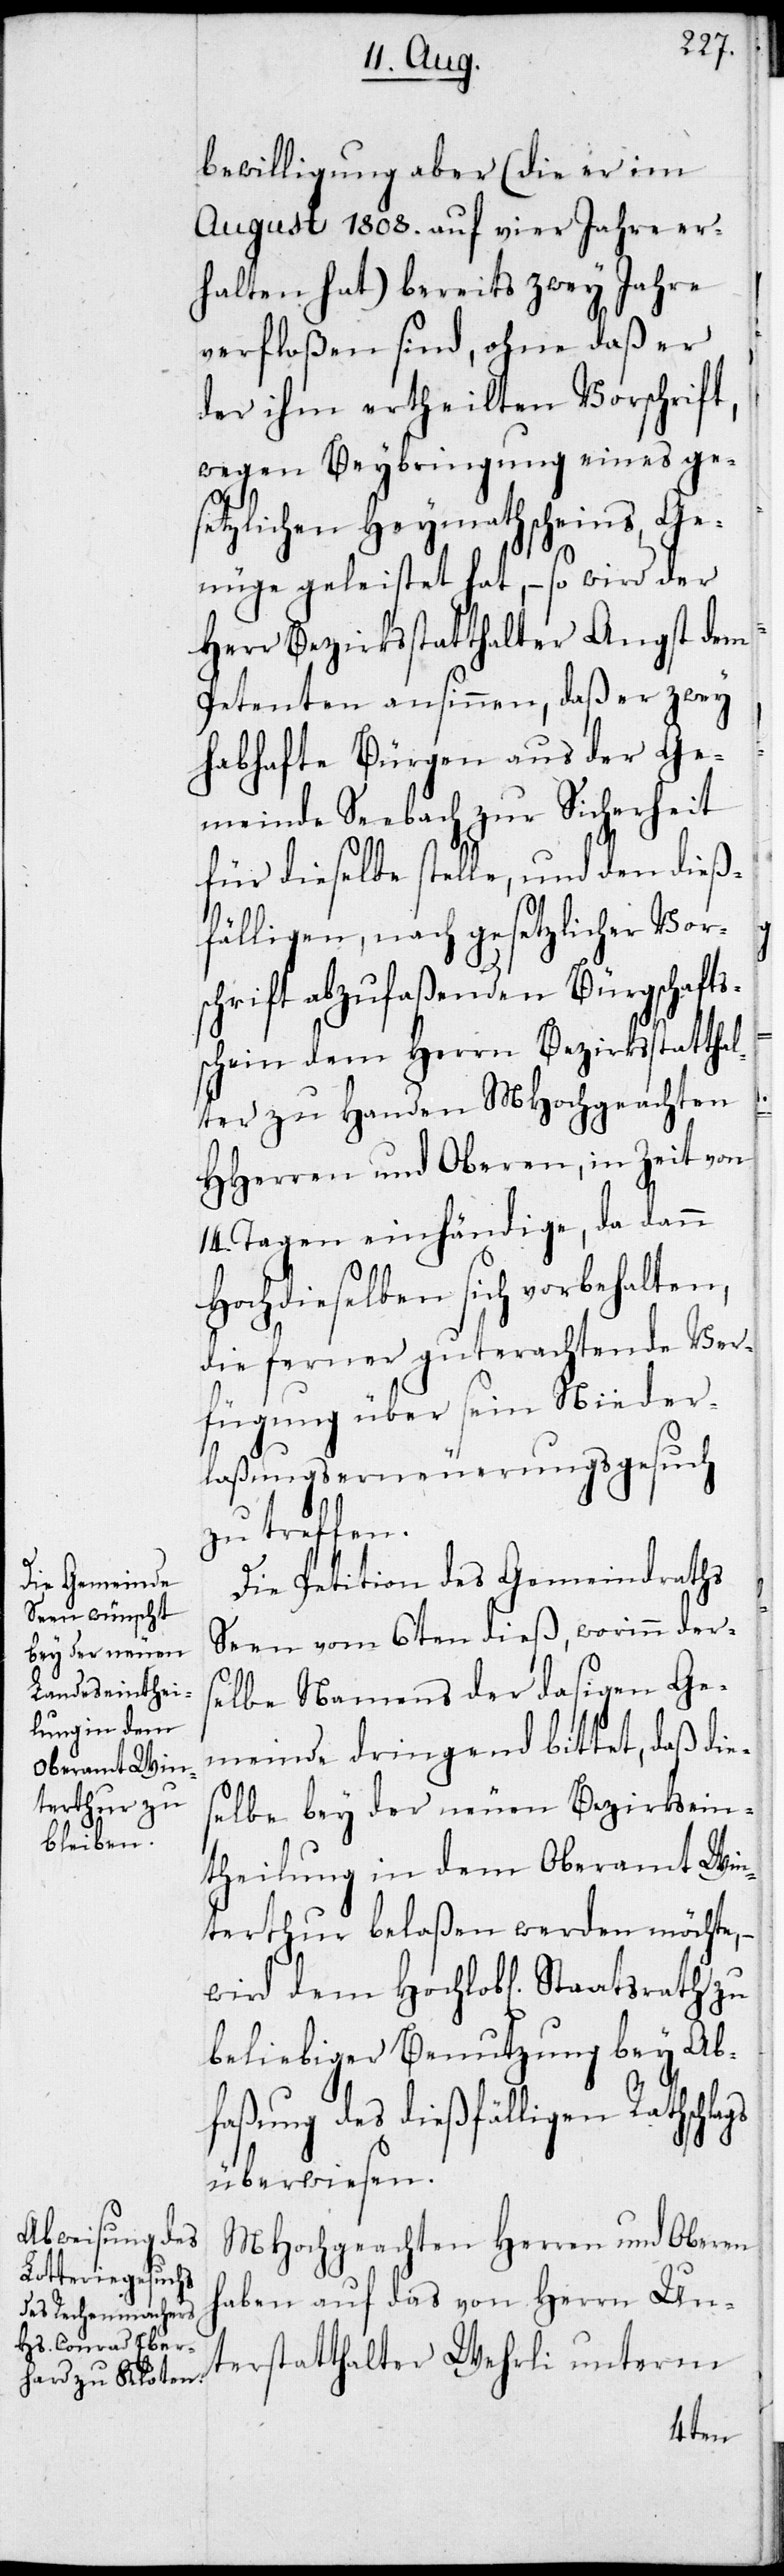
bewilligung aber (die er im
August 1808. auf vier Jahre er¬
halten hat) bereits zwey Jahre
verfloßen sind, ohne daß er
der ihm ertheilten Vorschrift,
wegen Beybringung eines ge¬
setzlichen Heymathscheins, Ge¬
nüge geleistet hat, – so wird der
Herr Bezirksstatthalter Angst dem
Petenten ansinnen, daß er zwey
habhafte Bürgen aus der Ge¬
meinde Seebach zur Sicherheit
für dieselbe stelle, und den dieß¬
fälligen, nach gesetzlicher Vor¬
schrift abzufaßenden Bürgschafts¬
schein dem Herrn Bezirksstatthal¬
ter zu Handen MHochgeachten
HHerren und Oberen, in Zeit von
14. Tagen einhändige, da dann
Hochdieselben sich vorbehalten,
die ferner guterachtende Ver¬
fügung über sein Nieder¬
laßungserneuerungsgesuch
zu treffen.
Die Petition des Gemeindraths
Seen vom 6ten dieß, worinn der¬
selbe Namens der dasigen Ge¬
meinde dringend bittet, daß die¬
selbe bey der neuen Bezirksein¬
theilung in dem Oberamt Win¬
terthur belaßen werden möchte, –
beliebiger Benutzung bey Ab¬
faßung des dießfälligen Rathschla¬
überwiesen.
MHochgeachten Herren und Oberen
haben auf das von Herrn Un¬
terstatthalter Wehrli unterm
gs